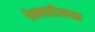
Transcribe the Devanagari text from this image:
बेल्लारीजवळ